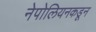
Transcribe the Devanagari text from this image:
नेपोलियनकडून